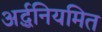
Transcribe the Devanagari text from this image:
अर्द्धनियमित